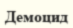
Демоцид